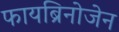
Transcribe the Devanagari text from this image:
फायब्रिनोजेन